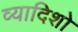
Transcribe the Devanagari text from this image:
व्यादिशो